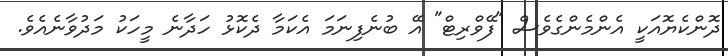
ދޮންކެޔޮއަކީ އެންމެންގެވެސް "ފޭވްރިޓް" އޭ ބުނެފިނަމަ އެކަމާ ދެކޮޅު ހަދާނެ މީހަކު މަދުވާނެއެވެ.